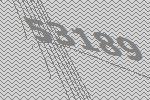
53189